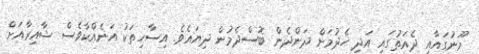
މޫނުގައާއި ދެއަތުގައި އަދި ހެދުމަށް ދަންދެން ބޮސްދެމުން ދިޔައެވެ. އިސާހިތަކު އަނެއްކާވެސް ޝާއިރާއަށް